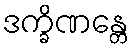
ဒက္ခိဏန္တေ